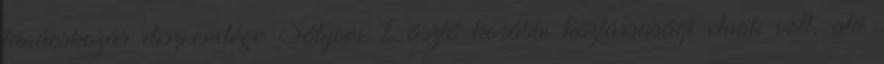
tanácskozás díszvendége Sólyom László korábbi köztársasági elnök volt, aki